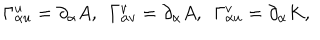
\Gamma _ { \alpha u } ^ { u } = \partial _ { \alpha } A , ~ ~ \Gamma _ { \alpha v } ^ { v } = \partial _ { \alpha } A , ~ ~ \Gamma _ { \alpha u } ^ { v } = \partial _ { \alpha } K ,